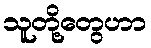
သူတို့တွေဟာ